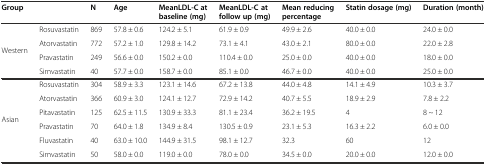
| <COLSPAN=2> Group | N | Age | MeanLDL-C at baseline (mg) | MeanLDL-C at follow up (mg) | Mean reducing percentage | Statin dosage (mg) | Duration (month) |
 | --- | --- | --- | --- | --- | --- | --- | --- | --- |
 | <ROWSPAN=4> Western | Rosuvastatin | 869 | 57.8 ± 0.6 | 124.2 ± 5.1 | 61.9 ± 0.9 | 49.9 ± 2.6 | 40.0 ± 0.0 | 24.0 ± 0.0 |
 | Atorvastatin | 772 | 57.2 ± 1.0 | 129.8 ± 14.2 | 73.1 ± 4.1 | 43.0 ± 2.1 | 80.0 ± 0.0 | 22.0 ± 2.8 |
 | Pravastatin | 249 | 56.6 ± 0.0 | 150.2 ± 0.0 | 110.4 ± 0.0 | 25.0 ± 0.0 | 40.0 ± 0.0 | 18.0 ± 0.0 |
 | Simvastatin | 40 | 57.7 ± 0.0 | 158.7 ± 0.0 | 85.1 ± 0.0 | 46.7 ± 0.0 | 40.0 ± 0.0 | 25.0 ± 0.0 |
 | <ROWSPAN=6> Asian | Rosuvastatin | 304 | 58.9 ± 3.3 | 123.1 ± 14.6 | 67.2 ± 13.8 | 44.0 ± 4.8 | 14.1 ± 4.9 | 10.3 ± 3.7 |
 | Atorvastatin | 366 | 60.9 ± 3.0 | 124.1 ± 12.7 | 72.9 ± 14.2 | 40.7 ± 5.5 | 18.9 ± 2.9 | 7.8 ± 2.2 |
 | Pitavastatin | 125 | 62.5 ± 11.5 | 130.9 ± 33.3 | 81.1 ± 23.4 | 36.2 ± 19.5 | 4 | 8 ~ 12 |
 | Pravastatin | 70 | 64.0 ± 1.8 | 134.9 ± 8.4 | 130.5 ± 0.9 | 23.1 ± 5.3 | 16.3 ± 2.2 | 6.0 ± 0.0 |
 | Fluvastatin | 40 | 63.0 ± 10.0 | 144.9 ± 31.5 | 98.1 ± 12.7 | 32.3 | 60 | 12 |
 | Simvastatin | 50 | 58.0 ± 0.0 | 119.0 ± 0.0 | 78.0 ± 0.0 | 34.5 ± 0.0 | 20.0 ± 0.0 | 12.0 ± 0.0 |